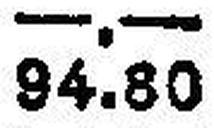
94.80